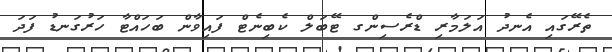
ތެރޭގައި އެނދު އަލަމާރި ޑްރެސިންގ ޓޭބަލް ކެބިނެޓް ފައިވާން ބަހައްޓާ ހަރުގަނޑު ފަދަ